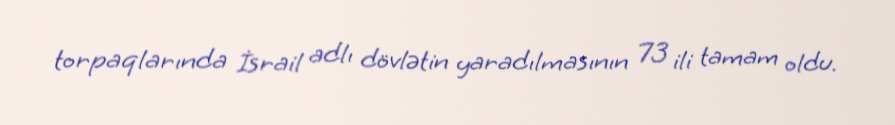
torpaqlarında İsrail adlı dövlətin yaradılmasının 73 ili tamam oldu.